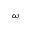
\omega